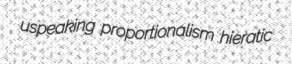
uspeaking proportionalism hieratic